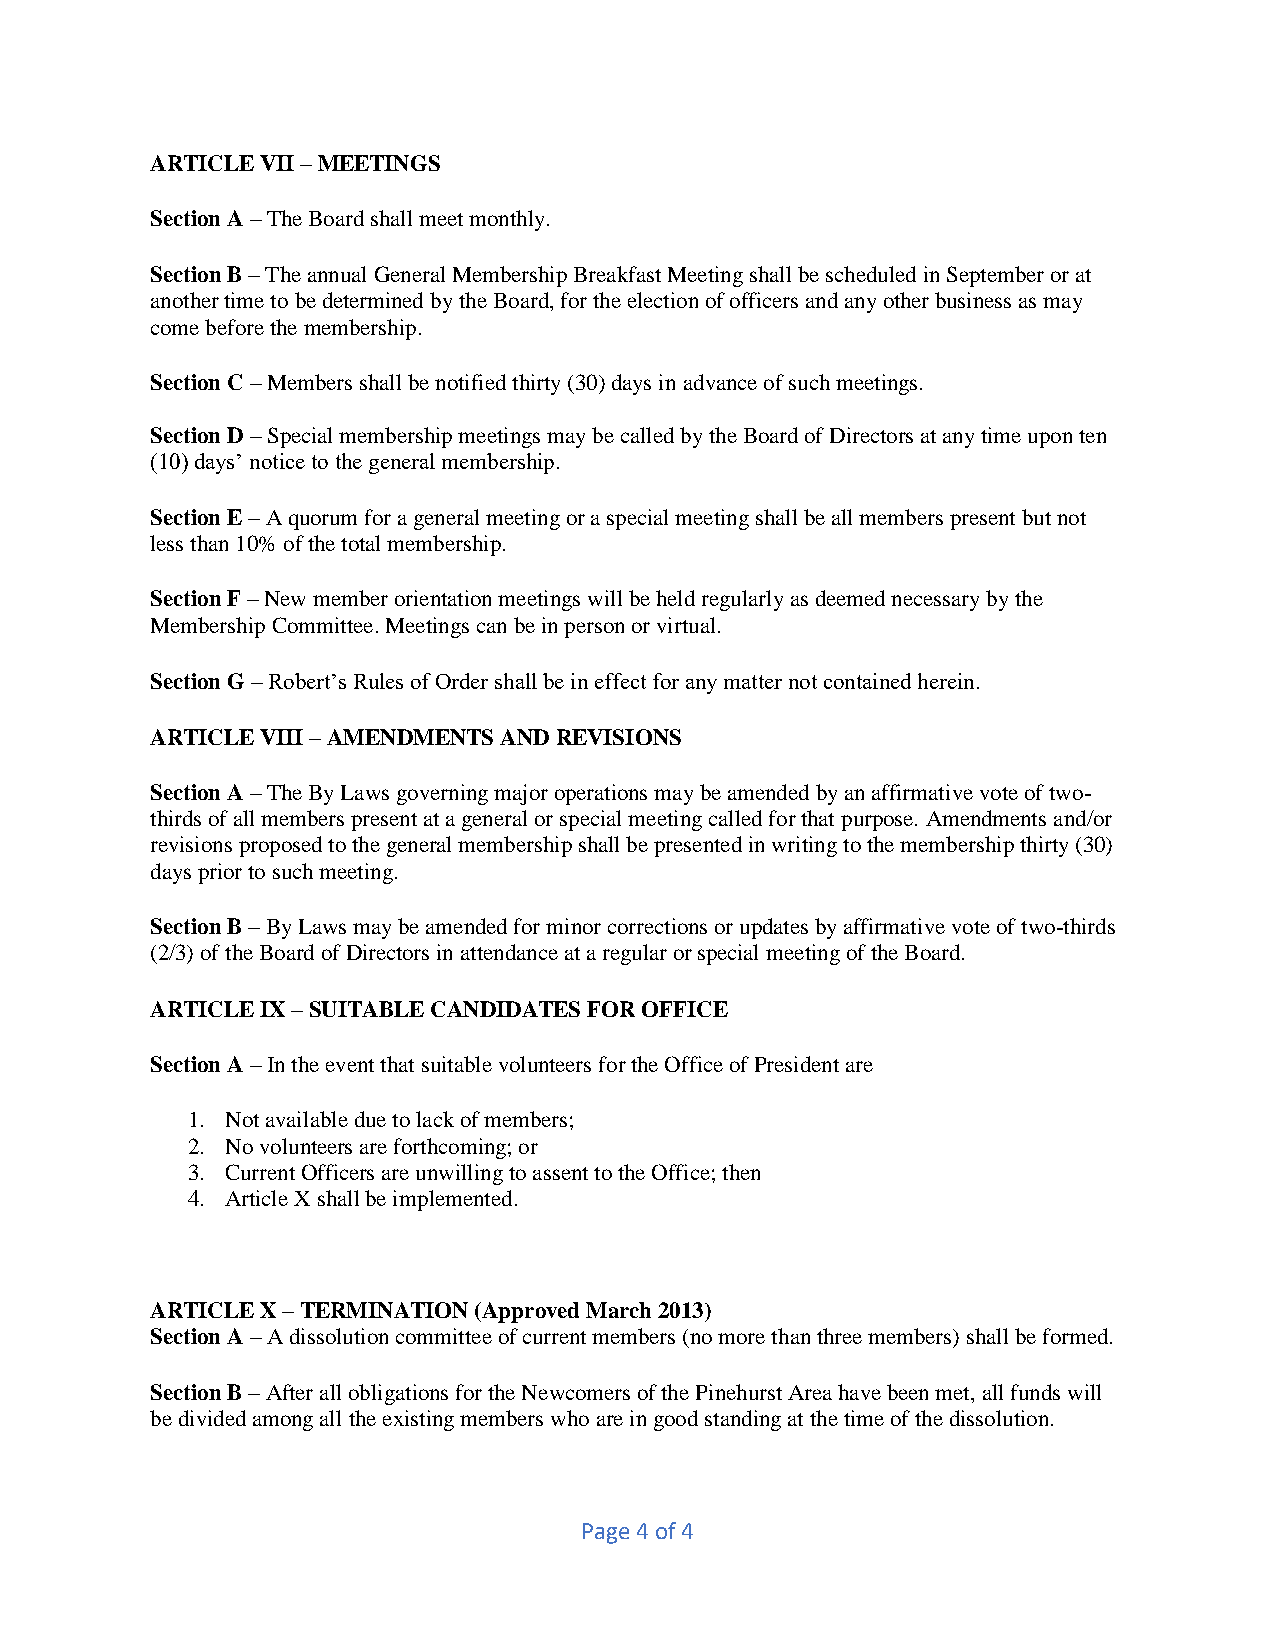
ARTICLE VII – MEETINGS
 Section A – The Board shall meet monthly.
 Section B – The annual General Membership Breakfast Meeting shall be scheduled in September or at
 another time to be determined by the Board, for the election of officers and any other business as may
 come before the membership.
 Section C – Members shall be notified thirty (30) days in advance of such meetings.
 Section D – Special membership meetings may be called by the Board of Directors at any time upon ten
 (10) days’ notice to the general membership.
 Section E – A quorum for a general meeting or a special meeting shall be all members present but not
 less than 10% of the total membership.
 Section F – New member orientation meetings will be held regularly as deemed necessary by the
 Membership Committee. Meetings can be in person or virtual.
 Section G – Robert’s Rules of Order shall be in effect for any matter not contained herein.
 ARTICLE VIII – AMENDMENTS AND REVISIONS
 Section A – The By Laws governing major operations may be amended by an affirmative vote of two-
 thirds of all members present at a general or special meeting called for that purpose. Amendments and/or
 revisions proposed to the general membership shall be presented in writing to the membership thirty (30)
 days prior to such meeting.
 Section B – By Laws may be amended for minor corrections or updates by affirmative vote of two-thirds
 (2/3) of the Board of Directors in attendance at a regular or special meeting of the Board.
 ARTICLE IX – SUITABLE CANDIDATES FOR OFFICE
 Section A – In the event that suitable volunteers for the Office of President are
 1. Not available due to lack of members;
 2. No volunteers are forthcoming; or
 3. Current Officers are unwilling to assent to the Office; then
 4. Article X shall be implemented.
 ARTICLE X – TERMINATION (Approved March 2013)
 Section A – A dissolution committee of current members (no more than three members) shall be formed.
 Section B – After all obligations for the Newcomers of the Pinehurst Area have been met, all funds will
 be divided among all the existing members who are in good standing at the time of the dissolution.
 Page 4 of 4